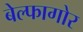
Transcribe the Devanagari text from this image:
बेल्फागोर